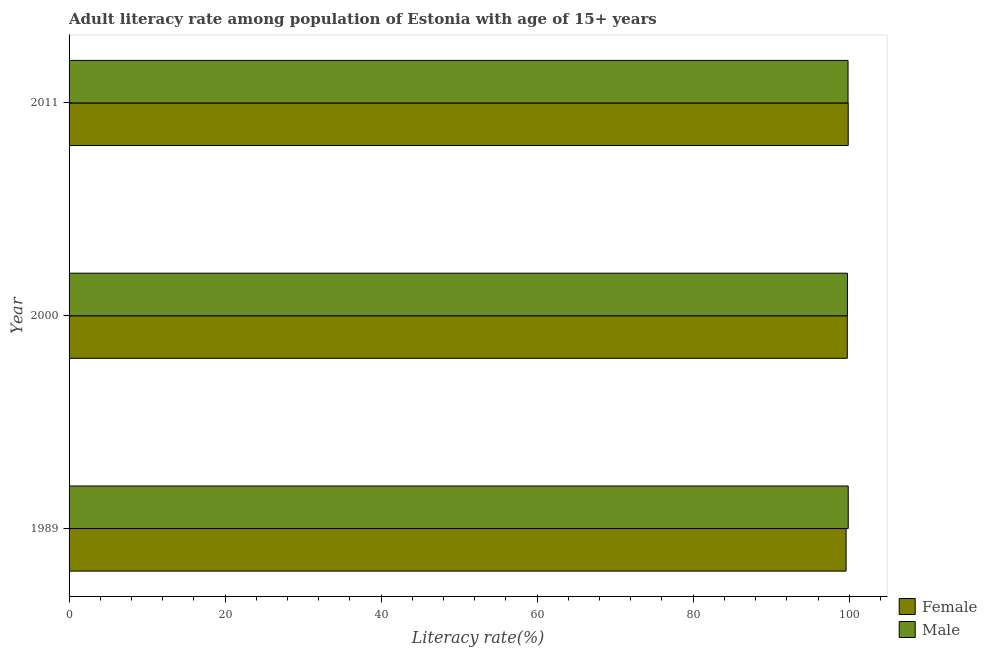
| Year | Female | Male |
 | --- | --- | --- |
 | 1989 | 99.6 | 99.9 |
 | 2000 | 99.8 | 99.8 |
 | 2011 | 99.9 | 99.8 |